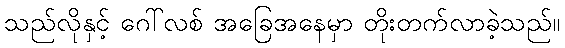
သည်လိုနှင့် ဂေါ်လစ် အခြေအနေမှာ တိုးတက်လာခဲ့သည်။